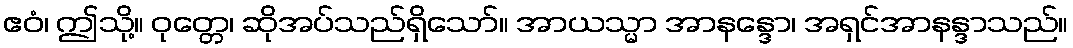
ဧဝံ၊ ဤသို့။ ဝုတ္တေ၊ ဆိုအပ်သည်ရှိသော်။ အာယသ္မာ အာနန္ဒော၊ အရှင်အာနန္ဒာသည်။